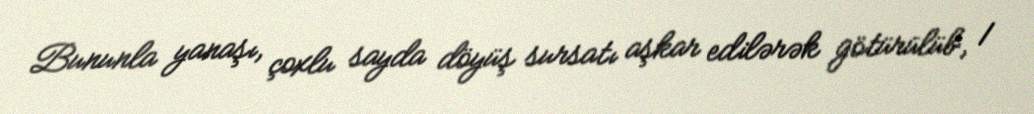
Bununla yanaşı, çoxlu sayda döyüş sursatı aşkar edilərək götürülüb, 1